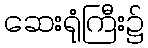
ဆေးရုံကြီး၌